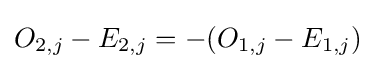
O_{2,j}-E_{2,j}=-(O_{1,j}-E_{1,j})